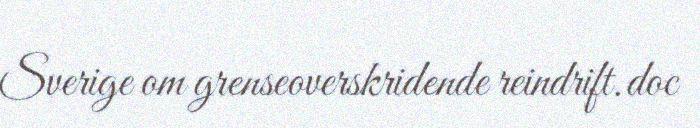
Sverige om grenseoverskridende reindrift.doc